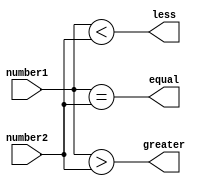
module comparator(
    input [31:0] number1,
    input [31:0] number2,
    output equal,
    output greater,
    output less
);

assign equal = (number1 == number2);
assign greater = (number1 > number2);
assign less = (number1 < number2);

endmodule